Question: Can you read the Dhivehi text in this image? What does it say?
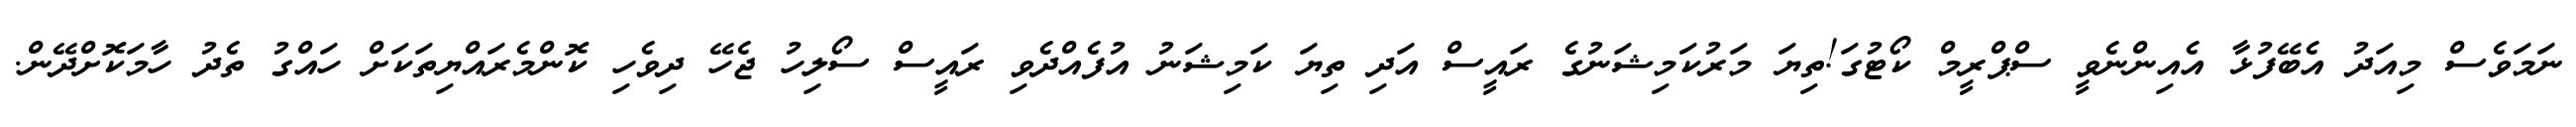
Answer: ނަމަވެސް މިއަދު އެބޭފުޅާ އެއިންނެވީ ސްޕްރީމް ކޯޓުގަ!ތިޔަ މަރުކަމިޝަނުގެ ރައީސް އަދި ތިޔަ ކަމިޝަނު އުފެއްދެވި ރައީސް ސޯލިހު ޖެހޭ ދިވެހި ކޮންމެރައްޔިތަކަށް ހައްގު ތެދު ހާމަކޮށްދޭން.